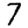
Digit: 7